Leaving Certificate Examination (including Day School Certificate (Higher) General paper), 1933
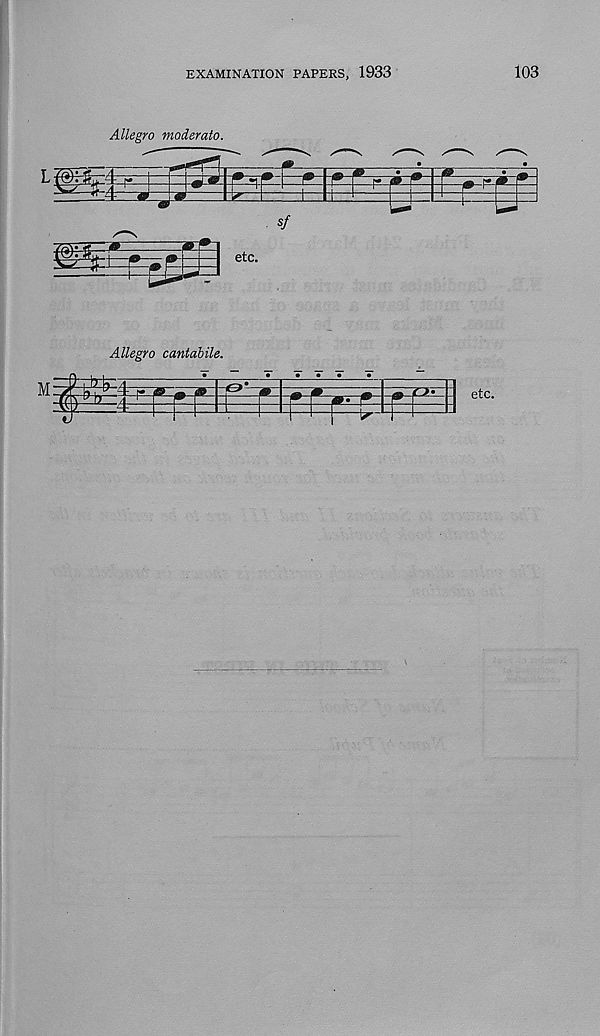
EXAMINATION PAPERS, 1933
103
Allegro moderato.
Allegro cantabile.
etc.